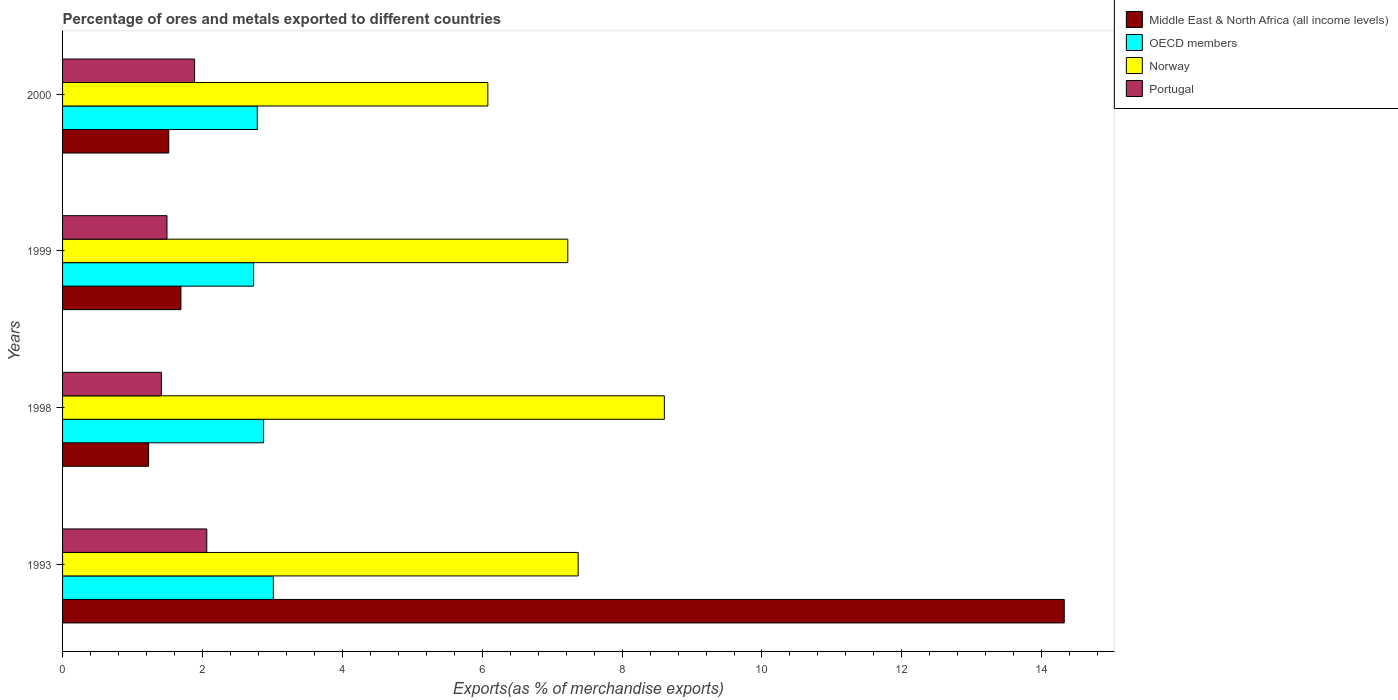
| Years | Middle East & North Africa (all income levels) | OECD members | Norway | Portugal |
 | --- | --- | --- | --- | --- |
 | 1993 | 14.3 | 3.01 | 7.37 | 2.06 |
 | 1998 | 1.23 | 2.87 | 8.6 | 1.41 |
 | 1999 | 1.69 | 2.73 | 7.22 | 1.49 |
 | 2000 | 1.52 | 2.78 | 6.08 | 1.89 |